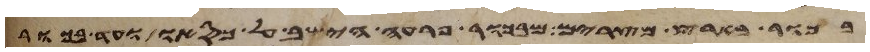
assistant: בכור בארץ מצרים מבכור פרעה הישב על כסאו ועד בכור